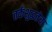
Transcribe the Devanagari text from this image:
तर्कशुद्धतेचा